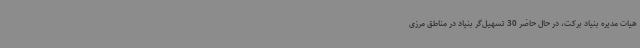
هیات مدیره بنیاد برکت، در حال حاضر 30 تسهیل‌گر بنیاد در مناطق مرزی